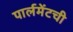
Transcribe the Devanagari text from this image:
पार्लमेंटची